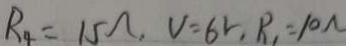
R _ { 4 } = 1 5 \Omega , V = 6 r , R _ { 1 } = 1 0 \Omega